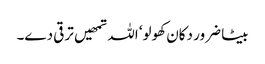
بیٹا ضرور دکان کھولو‘ اللہ تمھیں ترقی دے۔